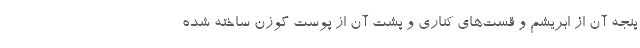
پنجه آن از ابریشم و قست‌های کناری و پشت آن از پوست گوزن ساخته شده